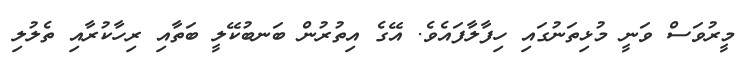
މީރުވަސް ވަނީ މުޅިތަނުގައި ހިފާލާފައެވެ. އޭގެ އިތުރުން ބަނބުކޭލީ ބަތާއި ރިހާކުރާއި ތެލުލި